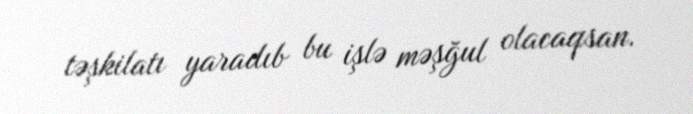
təşkilatı yaradıb bu işlə məşğul olacaqsan.